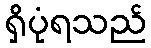
ရှိပုံရသည်